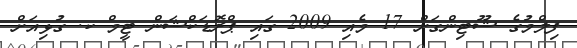
ފިލްމުގެ ޝޫޓިންގަށް 17 މެއި 2009 ގައި ޕްރޮޑަކްޝަން ޓީމް ކ. ގުޅިއަށް